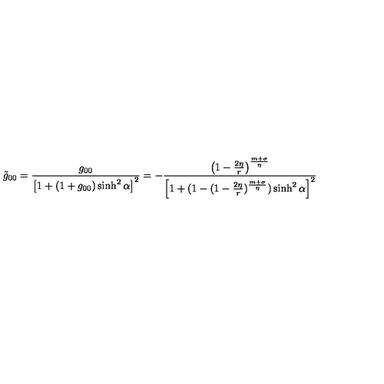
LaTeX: \tilde { g } _ { 0 0 } = \frac { g _ { 0 0 } } { \left[ 1 + ( 1 + g _ { 0 0 } ) \sinh ^ { 2 } \alpha \right] ^ { 2 } } = - \frac { \left( 1 - \frac { 2 \eta } { r } \right) ^ { \frac { m + \sigma } { \eta } } } { \left[ 1 + ( 1 - ( 1 - \frac { 2 \eta } { r } ) ^ { \frac { m + \sigma } { \eta } } ) \sinh ^ { 2 } \alpha \right] ^ { 2 } }